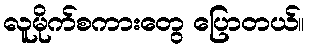
လူမိုက်စကားတွေ ပြောတယ်။